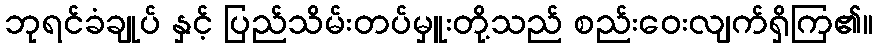
ဘုရင်ခံချုပ် နှင့် ပြည်သိမ်းတပ်မှူးတို့သည် စည်းဝေးလျက်ရှိကြ၏။